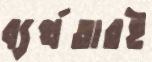
ব্যর্থতারই